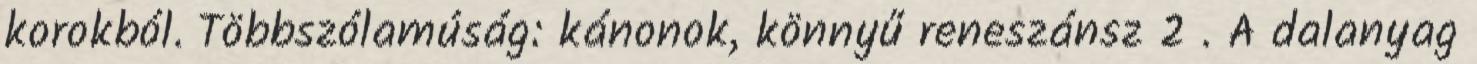
korokból. Többszólamúság: kánonok, könnyű reneszánsz 2 . A dalanyag